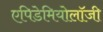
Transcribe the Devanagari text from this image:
एपिडेमियोलॉजी